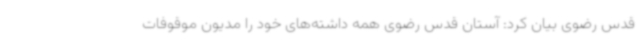
قدس رضوی بیان کرد: آستان قدس رضوی همه داشته‌های خود را مدیون موقوفات